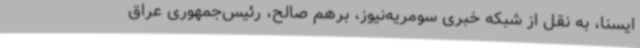
ایسنا، به نقل از شبکه خبری سومریه‌نیوز، برهم صالح، رئیس‌جمهوری عراق